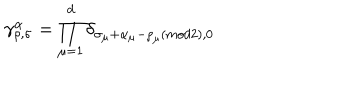
LaTeX: \gamma _ { \rho , \sigma } ^ { \alpha } = \prod _ { \mu = 1 } ^ { d } \delta _ { \sigma _ { \mu } + \alpha _ { \mu } - \rho _ { \mu } ( m o d 2 ) , 0 }